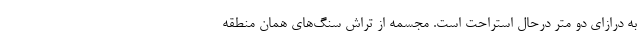
به درازای دو متر درحال استراحت است. مجسمه از تراش سنگ‌های همان منطقه